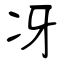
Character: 冴